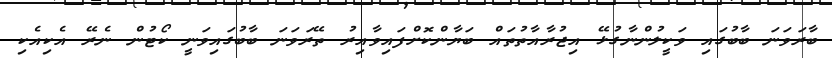
ބާރަވަނަ ބާބުގައި ވަކީލުންނާގުޅޭ އިޖުރާއާތުތައް ބަޔާންކޮށްފައިވާއިރު ތޭރަވަނަ ބާބުގައިވަނީ ކޯޓުން ނެރޭ އެކިއެކި